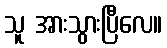
သူ အားသွားပြီလေ။